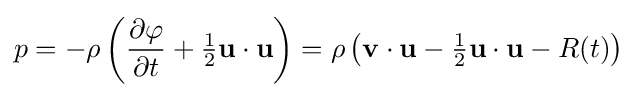
p=-\rho \left({\frac {\partial \varphi }{\partial t}}+{\tfrac {1}{2}}\mathbf {u} \cdot \mathbf {u} \right)=\rho \left(\mathbf {v} \cdot \mathbf {u} -{\tfrac {1}{2}}\mathbf {u} \cdot \mathbf {u} -R(t)\right)